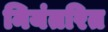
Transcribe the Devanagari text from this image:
नियंतरित